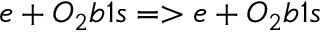
e + O _ { 2 } b 1 s = > e + O _ { 2 } b 1 s